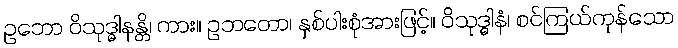
ဥဘော ဝိသုဒ္ဓါနန္တိ၊ ကား။ ဥဘတော၊ နှစ်ပါးစုံအားဖြင့်။ ဝိသုဒ္ဓါနံ၊ စင်ကြယ်ကုန်သော